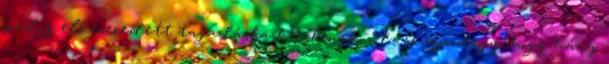
pedig elkeseredett tagadásba kezdenek. Az se mindegy, hogy hány